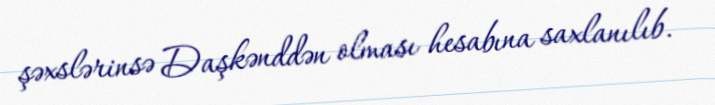
şəxslərinsə Daşkənddən olması hesabına saxlanılıb.